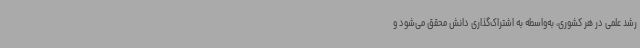
رشد علمی در هر کشوری، به‌واسطه به اشتراک‌گذاری دانش محقق می‌شود و